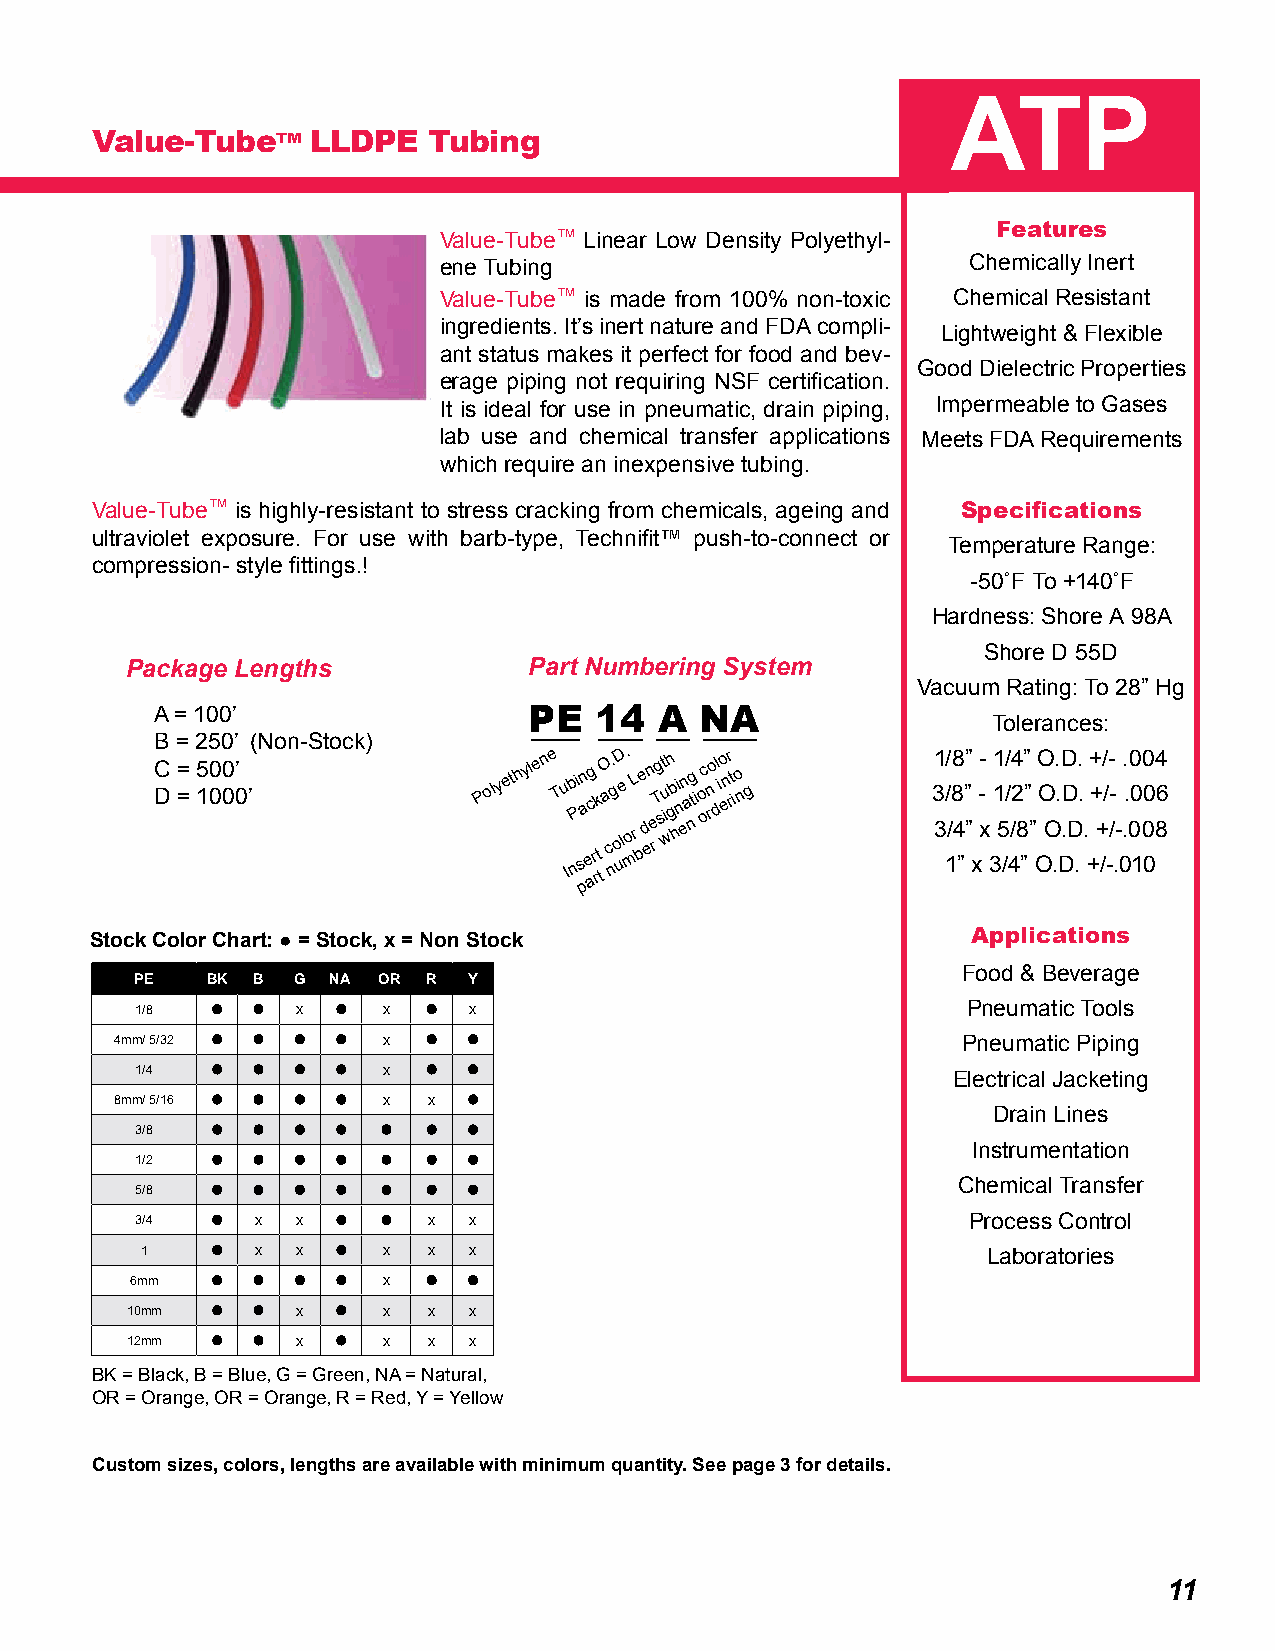
ATP
 Value-Tube™    LLDPE  Tubing
 Features
 Value-Tube™ Linear Low Density Polyethyl-
 ene Tubing                         Chemically Inert
 Value-Tube™ is made from 100% non-toxic Chemical Resistant
 ingredients. It’s inert nature and FDA compli-
 Lightweight & Flexible
 ant status makes it perfect for food and bev-
 Good Dielectric Properties
 erage piping not requiring NSF certification.
 It is ideal for use in pneumatic, drain piping, Impermeable to Gases
 lab use and chemical transfer applications Meets FDA Requirements
 which require an inexpensive tubing.
 Value-Tube™ is highly-resistant to stress cracking from chemicals, ageing and Specifications
 ultraviolet exposure. For use with barb-type, Technifit™ push-to-connect or
 Temperature Range:
 compression- style fittings.!
 -50˚F To +140˚F
 Hardness: Shore A 98A
 Shore D 55D
 Package Lengths            Part Numbering System
 Vacuum Rating: To 28” Hg
 A = 100’                 PE  14   A NA
 Tolerances:
 B = 250’ (Non-Stock)
 C D = = 5 10 00 0’ 0’ P oly eth yle n e T u Ib nPi
 s
 pan ec ag
 r
 rtk
 t
 O a c. ng oD ule. morL be
 d
 en
 re
 Tg st
 i
 wuh gb hi n en a ntg i o oc rno l dio enr rt io n g 31 3/ 1/ /88
 4
 ”””
 ”
 x
 --
 x
 3
 11
 5
 /// 4/4 2
 8
 ”” ”
 ”
 OO O
 O
 .. . D.D D
 D
 .. .
 .
 ++ +
 +
 // / -- /-
 .-
 0.. . 00 0 100 0 084 6
 Applications
 Stock Color Chart: ● = Stock, x = Non Stock
 Food & Beverage
 PE   BK B G  NA OR R  Y
 1/8  O  O  x O  x  O  x                                Pneumatic Tools
 4mm/ 5/32 O O O O x O  O                                Pneumatic Piping
 1/4  O  O  O O  x  O  O                               Electrical Jacketing
 8mm/ 5/16 O O O O x x  O
 Drain Lines
 3/8  O  O  O O  O  O  O
 Instrumentation
 1/2  O  O  O O  O  O  O
 Chemical Transfer
 5/8  O  O  O O  O  O  O
 3/4  O  x  x O  O  x  x                                Process Control
 1    O  x  x O  x  x  x                                 Laboratories
 6mm  O  O  O O  x  O  O
 10mm  O  O  x O  x  x  x
 12mm  O  O  x O  x  x  x
 BK = Black, B = Blue, G = Green, NA = Natural,
 OR = Orange, OR = Orange, R = Red, Y = Yellow
 Custom sizes, colors, lengths are available with minimum quantity. See page 3 for details.
 11